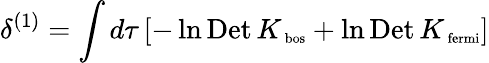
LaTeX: \delta^{(1)}=\int d\tau\left[-\ln\mathrm{Det}\, K_{\mathrm{\scriptsize~bos}}+\ln\mathrm{Det}\, K_{\mathrm{\scriptsize~fermi}}\right]